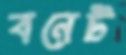
বনেট